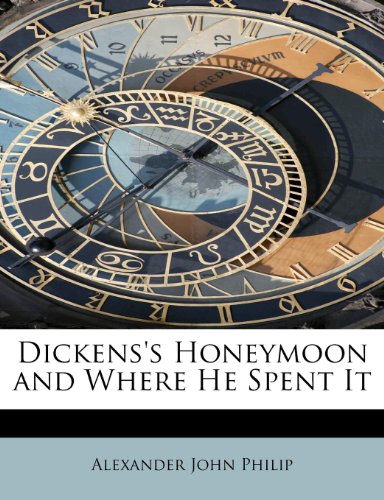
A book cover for Dickens's Honeymoon and Where He Spent It; Alexander John Philip; Crafts, Hobbies & Home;